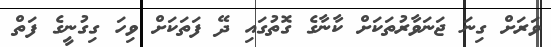
ވަރަށް ގިނަ ޖަނަވާރުތަކަށް ކާނާގެ ގޮތުގައި ދޭ ފަތަކަށް ވިހަ ގިގުނީގެ ފަތް